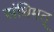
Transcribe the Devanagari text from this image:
संधिमत्